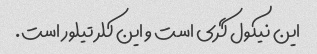
این نیکول گری است و این کلر تیلور است.